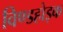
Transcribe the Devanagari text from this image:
विण्डहोइक